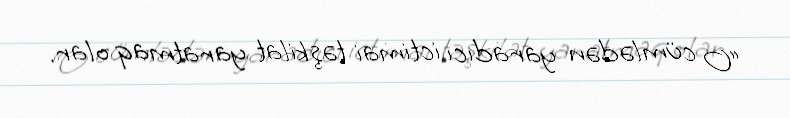
“O cümlədən yaradıcı ictimai təşkilat yaratmaq olar.